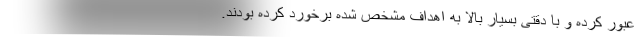
عبور کرده و با دقتی بسیار بالا به اهداف مشخص شده برخورد کرده بودند.